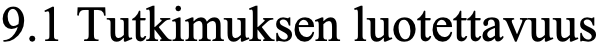
9.1 Tutkimuksen luotettavuus